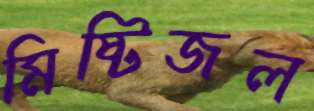
মিষ্টিজল